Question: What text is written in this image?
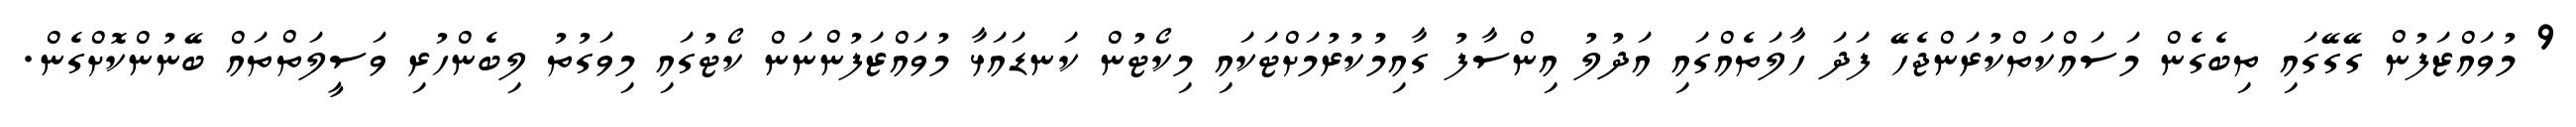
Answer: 9 މުވައްޒަފުން ގޭގޭގައި ތިބެގެން މަސައްކަތްކުރަންޖެހޭ ފަދަ ހާލަތެއްގައި އަދުލު އިންސާފު ގާއިމުކުރުމަށްޓަކައި މިކޯޓުން ކަނޑައަޅާ މުވައްޒަފުންނަން ކޯޓުގައި މިވަގުތު ލިބެންހުރި ވަސީލަތްތައް ބޭނުންކޮށްގެން.